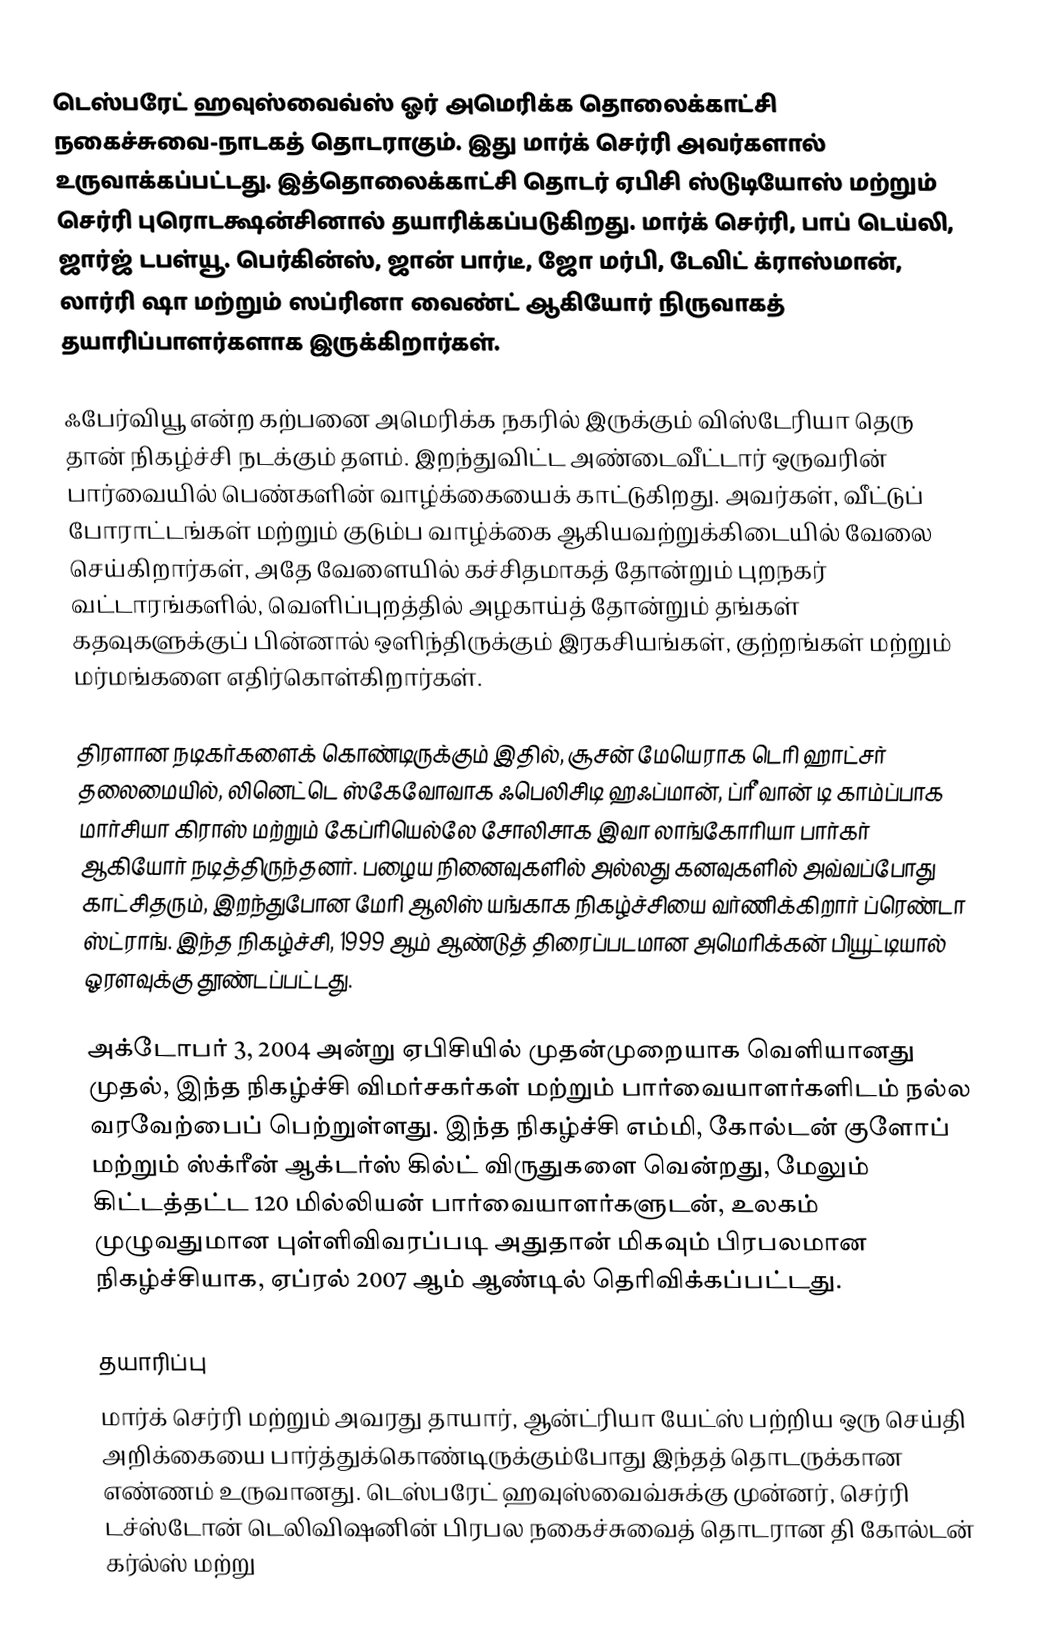
டெஸ்பரேட் ஹவுஸ்வைவ்ஸ் ஓர் அமெரிக்க தொலைக்காட்சி நகைச்சுவை-நாடகத் தொடராகும். இது மார்க் செர்ரி அவர்களால் உருவாக்கப்பட்டது. இத்தொலைக்காட்சி தொடர் ஏபிசி ஸ்டுடியோஸ் மற்றும் செர்ரி புரொடக்ஷன்சினால் தயாரிக்கப்படுகிறது. மார்க் செர்ரி, பாப் டெய்லி, ஜார்ஜ் டபள்யூ. பெர்கின்ஸ், ஜான் பார்டீ, ஜோ மர்பி, டேவிட் க்ராஸ்மான், லார்ரி ஷா மற்றும் ஸப்ரினா வைண்ட் ஆகியோர் நிருவாகத் தயாரிப்பாளர்களாக இருக்கிறார்கள்.

ஃபேர்வியூ என்ற கற்பனை அமெரிக்க நகரில் இருக்கும் விஸ்டேரியா தெரு தான் நிகழ்ச்சி நடக்கும் தளம். இறந்துவிட்ட அண்டைவீட்டார் ஒருவரின் பார்வையில் பெண்களின் வாழ்க்கையைக் காட்டுகிறது. அவர்கள், வீட்டுப் போராட்டங்கள் மற்றும் குடும்ப வாழ்க்கை ஆகியவற்றுக்கிடையில் வேலை செய்கிறார்கள், அதே வேளையில் கச்சிதமாகத் தோன்றும் புறநகர் வட்டாரங்களில், வெளிப்புறத்தில் அழகாய்த் தோன்றும் தங்கள் கதவுகளுக்குப் பின்னால் ஒளிந்திருக்கும் இரகசியங்கள், குற்றங்கள் மற்றும் மர்மங்களை எதிர்கொள்கிறார்கள்.

திரளான நடிகர்களைக் கொண்டிருக்கும் இதில், சூசன் மேயெராக டெரி ஹாட்சர் தலைமையில், லினெட்டெ ஸ்கேவோவாக ஃபெலிசிடி ஹஃப்மான், ப்ரீ வான் டி காம்ப்பாக மார்சியா கிராஸ் மற்றும் கேப்ரியெல்லே சோலிசாக இவா லாங்கோரியா பார்கர் ஆகியோர் நடித்திருந்தனர். பழைய நினைவுகளில் அல்லது கனவுகளில் அவ்வப்போது காட்சிதரும், இறந்துபோன மேரி ஆலிஸ் யங்காக நிகழ்ச்சியை வர்ணிக்கிறார் ப்ரெண்டா ஸ்ட்ராங். இந்த நிகழ்ச்சி, 1999 ஆம் ஆண்டுத் திரைப்படமான அமெரிக்கன் பியூட்டியால் ஓரளவுக்கு  தூண்டப்பட்டது.

அக்டோபர் 3, 2004 அன்று ஏபிசியில் முதன்முறையாக வெளியானது முதல், இந்த நிகழ்ச்சி விமர்சகர்கள் மற்றும் பார்வையாளர்களிடம் நல்ல வரவேற்பைப் பெற்றுள்ளது. இந்த நிகழ்ச்சி எம்மி, கோல்டன் குளோப் மற்றும் ஸ்க்ரீன் ஆக்டர்ஸ் கில்ட் விருதுகளை வென்றது, மேலும் கிட்டத்தட்ட 120 மில்லியன் பார்வையாளர்களுடன், உலகம் முழுவதுமான புள்ளிவிவரப்படி அதுதான் மிகவும் பிரபலமான நிகழ்ச்சியாக, ஏப்ரல் 2007 ஆம் ஆண்டில் தெரிவிக்கப்பட்டது.

தயாரிப்பு
மார்க் செர்ரி மற்றும் அவரது தாயார், ஆன்ட்ரியா யேட்ஸ் பற்றிய ஒரு செய்தி அறிக்கையை பார்த்துக்கொண்டிருக்கும்போது இந்தத் தொடருக்கான எண்ணம் உருவானது. டெஸ்பரேட் ஹவுஸ்வைவ்சுக்கு முன்னர், செர்ரி டச்ஸ்டோன் டெலிவிஷனின் பிரபல நகைச்சுவைத் தொடரான தி கோல்டன் கர்ல்ஸ் மற்று